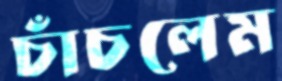
চাঁচলেম